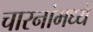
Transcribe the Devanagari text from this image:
चारनांमध्ये